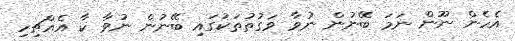
އެހެން ނޫން ނަމަ ބޭނުން ނުވާ ވަގުތުތަކުގައި ބޭނުން ނުވާ ކާ އެއްޗިހި